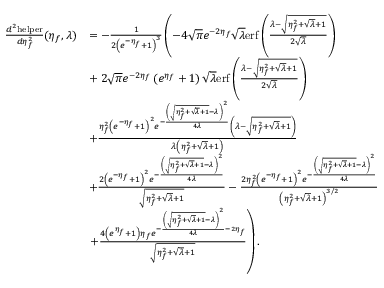
\begin{array} { r l } { \frac { d ^ { 2 } \mathrm { h e l p e r } } { d \eta _ { f } ^ { 2 } } ( \eta _ { f } , \lambda ) } & { = - \frac { 1 } { 2 \left( e ^ { - \eta _ { f } } + 1 \right) ^ { 3 } } \left( - 4 \sqrt { \pi } e ^ { - 2 \eta _ { f } } \sqrt { \lambda } \mathrm { e r f } \left( \frac { \lambda - \sqrt { \eta _ { f } ^ { 2 } + \sqrt { \lambda } + 1 } } { 2 \sqrt { \lambda } } \right) \right. } \\ & { + \left. 2 \sqrt { \pi } e ^ { - 2 \eta _ { f } } \left( e ^ { \eta _ { f } } + 1 \right) \sqrt { \lambda } \mathrm { e r f } \left( \frac { \lambda - \sqrt { \eta _ { f } ^ { 2 } + \sqrt { \lambda } + 1 } } { 2 \sqrt { \lambda } } \right) \right. } \\ & { + \frac { \eta _ { f } ^ { 2 } \left( e ^ { - \eta _ { f } } + 1 \right) ^ { 2 } e ^ { - \frac { \left( \sqrt { \eta _ { f } ^ { 2 } + \sqrt { \lambda } + 1 } - \lambda \right) ^ { 2 } } { 4 \lambda } } \left( \lambda - \sqrt { \eta _ { f } ^ { 2 } + \sqrt { \lambda } + 1 } \right) } { \lambda \left( \eta _ { f } ^ { 2 } + \sqrt { \lambda } + 1 \right) } } \\ & { + \frac { 2 \left( e ^ { - \eta _ { f } } + 1 \right) ^ { 2 } e ^ { - \frac { \left( \sqrt { \eta _ { f } ^ { 2 } + \sqrt { \lambda } + 1 } - \lambda \right) ^ { 2 } } { 4 \lambda } } } { \sqrt { \eta _ { f } ^ { 2 } + \sqrt { \lambda } + 1 } } - \frac { 2 \eta _ { f } ^ { 2 } \left( e ^ { - \eta _ { f } } + 1 \right) ^ { 2 } e ^ { - \frac { \left( \sqrt { \eta _ { f } ^ { 2 } + \sqrt { \lambda } + 1 } - \lambda \right) ^ { 2 } } { 4 \lambda } } } { \left( \eta _ { f } ^ { 2 } + \sqrt { \lambda } + 1 \right) ^ { 3 / 2 } } } \\ & { \left. + \frac { 4 \left( e ^ { \eta _ { f } } + 1 \right) \eta _ { f } e ^ { - \frac { \left( \sqrt { \eta _ { f } ^ { 2 } + \sqrt { \lambda } + 1 } - \lambda \right) ^ { 2 } } { 4 \lambda } - 2 \eta _ { f } } } { \sqrt { \eta _ { f } ^ { 2 } + \sqrt { \lambda } + 1 } } \right) . } \end{array}